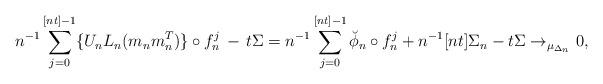
LaTeX: \begin{align*}n^{-1}\sum_{j=0}^{[nt]-1}\{U_nL_n & (m_nm_n^T)\} \circ f_n^j \, -\,t\Sigma = n^{-1}\sum_{j=0}^{[nt]-1}\breve{\phi}_n\circ f_n^j+ n^{-1}[nt]\Sigma_n-t\Sigma \to_{\mu_{\Delta_n}}0,\end{align*}